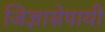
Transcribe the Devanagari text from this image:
जिज्ञासेपायी